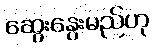
ဆွေးနွေးမည်ဟု